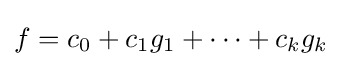
f=c_{0}+c_{1}g_{1}+\cdots +c_{k}g_{k}